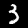
Label: 3